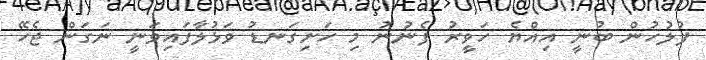
ފުލުހުން ބުނީ އިއްޔެ ހަވީރު ފެނުނު މި ހަށިގަނޑު ވަޅުލާފައިވަނީ ނަގަން ޖެހޭ